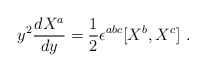
\begin{align*}y^2\frac{dX^a}{dy} = \frac12 \epsilon^{abc} [X^b,X^c] \ .\end{align*}